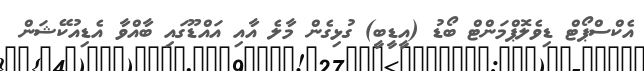
އެކްސްޕޯޓް ޑިވެލޮޕްމަންޓް ބޯޑު (އީޑީބީ) ގުޅިގެން މާލެ އާއި އައްޑޫގައި ބާއްވާ އެޑިއުކޭޝަން